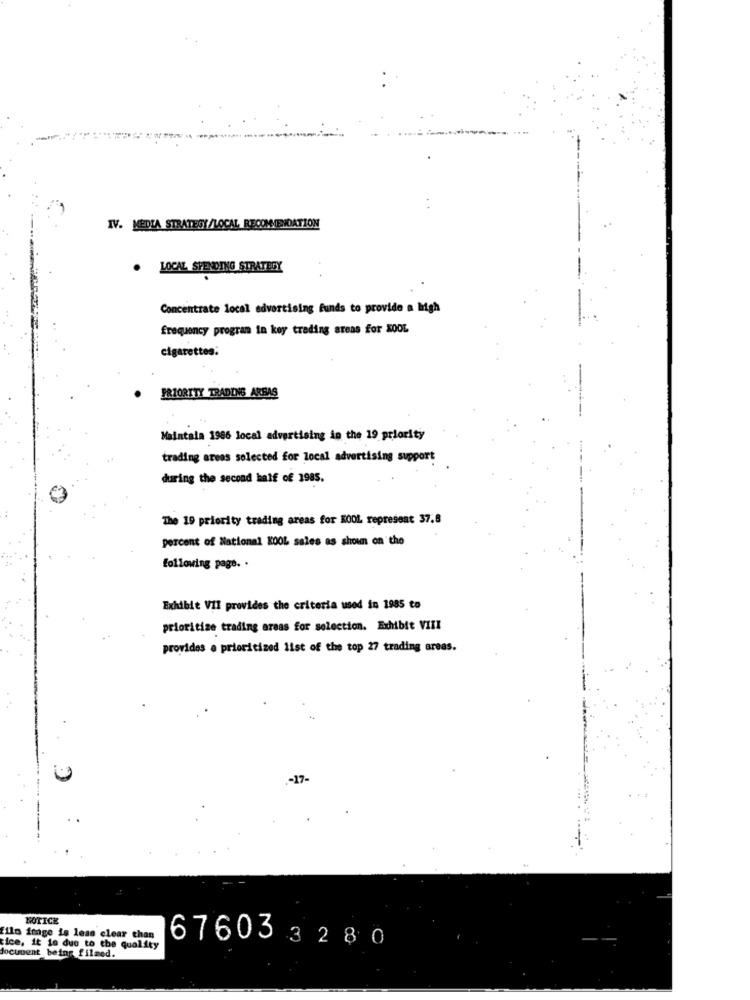
IV. MEDIA STRATEGI/LOCAL RECOMENDATION
.
LOCAL SPENDING STRATEGY
Concentrate local advertising funds to provide a high
frequency program in koy trading areas for KOOL
cigarettes:
PRIORITY TRADING ARBAS
Maintala 1986 local advertising in the 19 priority
trading areas selected for local advertising support
during the second half of 1985.
The 19 priority trading areas for KOOL represent 37.8
percent of National KOOL sales as shown on the
following page. .
Exhibit VII provides the criteria used in 1985 to
prioritize trading areas for solection. Exhibit VIII
provides a prioritized list of the top 27 trading areas.
NOTICE
filo image is less clear chan
tice, it is due to the quality
document being filmed.
67603 3280